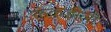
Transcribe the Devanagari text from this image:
कंकड़ीली